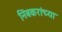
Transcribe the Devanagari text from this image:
निंबकरांच्या